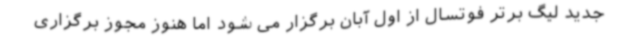
جدید لیگ برتر فوتسال از اول آبان برگزار می شود اما هنوز مجوز برگزاری